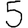
Digit: 5